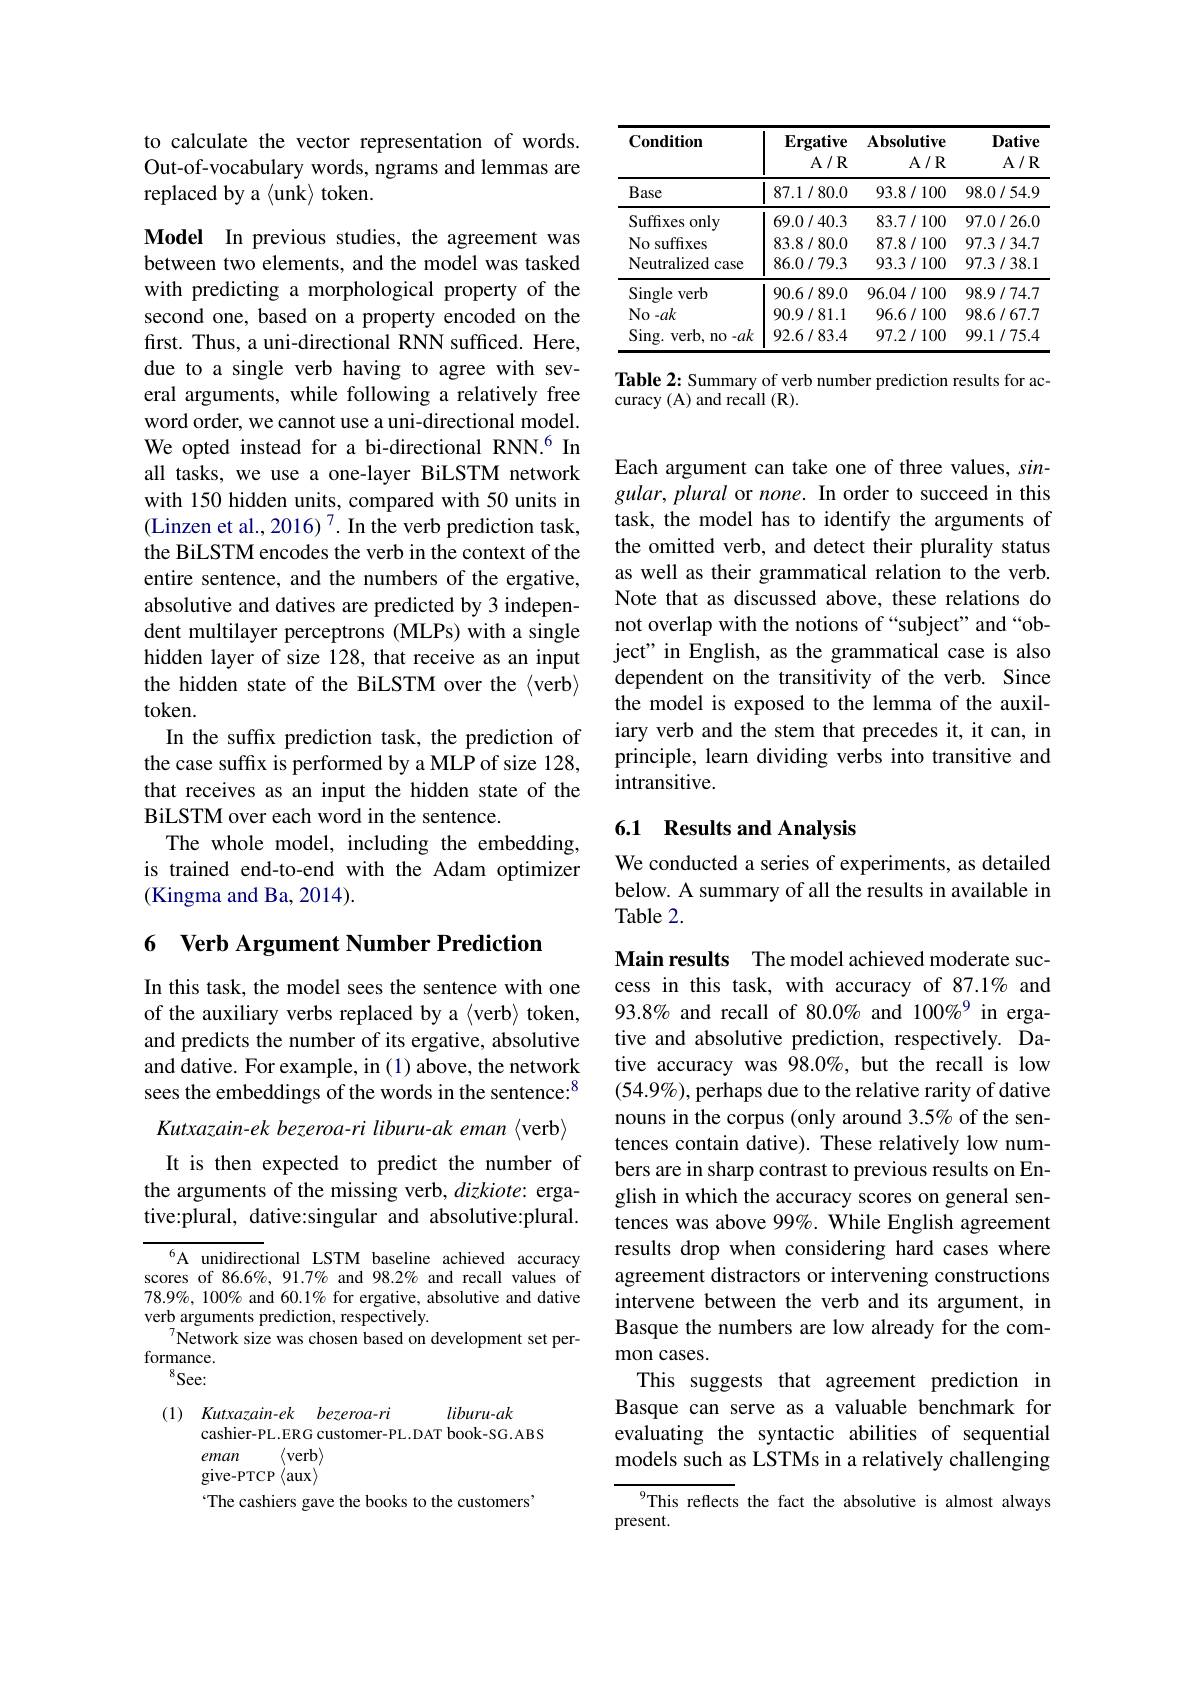
<table>
	<tbody>
		<tr>
			<th>$\mathbf{Condition}$</th>
			<th>$\mathbf{Ergative}$ $A/R$</th>
			<th>$\mathbf{Absolutive}$ $A/R$</th>
			<th>Dative $A/R$</th>
		</tr>
		<tr>
			<td>Base</td>
			<td>87.1/80.0</td>
			<td>93.8/100</td>
			<td>98.0/54.9</td>
		</tr>
		<tr>
			<td>Suffixes only</td>
			<td>69.0/40.3</td>
			<td>83.7/100</td>
			<td>97.0/26.0</td>
		</tr>
		<tr>
			<td>No suffixes</td>
			<td>83.8/80.0</td>
			<td>87.8/100</td>
			<td>97.3/34.7</td>
		</tr>
		<tr>
			<td>Neutralized case</td>
			<td>86.0/79.3</td>
			<td>93.3/100</td>
			<td>97.3/38.1</td>
		</tr>
		<tr>
			<td>Single verb</td>
			<td>90.6/89.0</td>
			<td>96.04/100</td>
			<td>98.9/74.7</td>
		</tr>
		<tr>
			<td>No- ak</td>
			<td>90.9/81.1</td>
			<td>96.6/100</td>
			<td>98.6/67.7</td>
		</tr>
		<tr>
			<td>$Sing.$ $verb$, $n0-ak$</td>
			<td>92.6/83.4</td>
			<td>97.2/100</td>
			<td>99.1/75.4 100</td>
		</tr>
	</tbody>
</table>

Table 2: Summary of verb number prediction results for ac-
curacy (A) and recall (R).

to calculate the vector representation of words. Out-of-vocabulary words, ngrams and lemmas are replaced by a $\langle$unk$\rangle$ token.

Model In previous studies, the agreement was between two elements, and the model was tasked with predicting a morphological property of the second one, based on a property encoded on the first. Thus, a uni-directional RNN sufficed. Here, due to a single verb having to agree with several arguments, while following a relatively free word order, we cannot use a uni-directional model. We opted instead for a bi-directional RNN.$^{6}$ In all tasks, we use a one-layer BiLSTM network with 150 hidden units, compared with 50 units in (Linzen et al., 2016)$^{7}$.In the verb prediction task, the BiLSTM encodes the verb in the context of the entire sentence, and the numbers of the ergative, absolutive and datives are predicted by 3 independent multilayer perceptrons (MLPs) with a single hidden layer of size 128, that receive as an input the hidden state of the BiLSTM over the $\langle$verb$\rangle$ token.
In the suffx prediction task, the prediction of the case suffix is performed by a MLP of size 128, that receives as an input the hidden state of the BiLSTM over each word in the sentence.
The whole model, including the embedding, is trained end-to-end with the Adam optimizer (Kingma and Ba, 2014).

6 Verb Argument Number Prediction

In this task, the model sees the sentence with one of the auxiliary verbs replaced by a $\langle$verb> token, and predicts the number of its ergative, absolutive and dative. For example, in (1) above, the network sees the embeddings of the words in the sentence:$^{8}$ Kutxazain-ek bezeroa-ri liburu-ak eman {verb} It is then expected to predict the number of
the arguments of the missing verb, $dizkiote:$ ergative:plural, dative:singular and absolutive:plural.

$^{6}$A unidirectional LSTM baseline achieved accuracy scores of 86.6%, 91.7% and 98.2% and recall values of $78.9\%,100\%$ and 60.1% for ergative, absolutive and dative verb arguments prediction, respectively.
Network size was chosen based on development set per-
formance.
$^{8}$See:

(1) $\textit{Kutxazain- ek}$ $\textit{bezeroa- ri}$
liburu-ak
cashier-PL.ERG customer-PL.DAT book-SG.ABS
$\langle$verb$\rangle$
eman
give-PTCP $\langle$aux$\rangle^{\prime}$
The cashiers gave the books to the customers'

Each argument can take one of three values, singular, plural or none. In order to succeed in this task, the model has to identify the arguments of the omitted verb, and detect their plurality status as well as their grammatical relation to the verb. Note that as discussed above, these relations do not overlap with the notions of “subject” and “object" in English, as the grammatical case is also dependent on the transitivity of the verb. Since the model is exposed to the lemma of the auxiliary verb and the stem that precedes it, it can, in principle, learn dividing verbs into transitive and intransitive.

## 6.1 Results and Analysis

We conducted a series of experiments, as detailed below. A summary of all the results in available in Table 2.

Main results The model achieved moderate success in this task, with accuracy of 87.1% and 93.8% and recall of 80.0% and 100%9 in ergative and absolutive prediction, respectively. Dative accuracy was 98.0%, but the recall is low $(54.9\%)$, perhaps due to the relative rarity of dative nouns in the corpus (only around 3.5% of the sentences contain dative). These relatively low numbers are in sharp contrast to previous results on English in which the accuracy scores on general sentences was above 99%. While English agreement results drop when considering hard cases where agreement distractors or intervening constructions intervene between the verb and its argument, in Basque the numbers are low already for the common cases.
This suggests that agreement prediction in Basque can serve as a valuable benchmark for evaluating the syntactic abilities of sequential models such as LSTMs in a relatively challenging

$^{9}$This reflects the fact the absolutive is almost always
present.